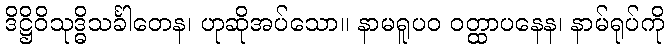
ဒိဋ္ဌိဝိသုဒ္ဓိသင်္ခါတေန၊ ဟုဆိုအပ်သော။ နာမရူပဝ ဝတ္ထာပနေန၊ နာမ်ရုပ်ကို